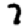
Digit: 7